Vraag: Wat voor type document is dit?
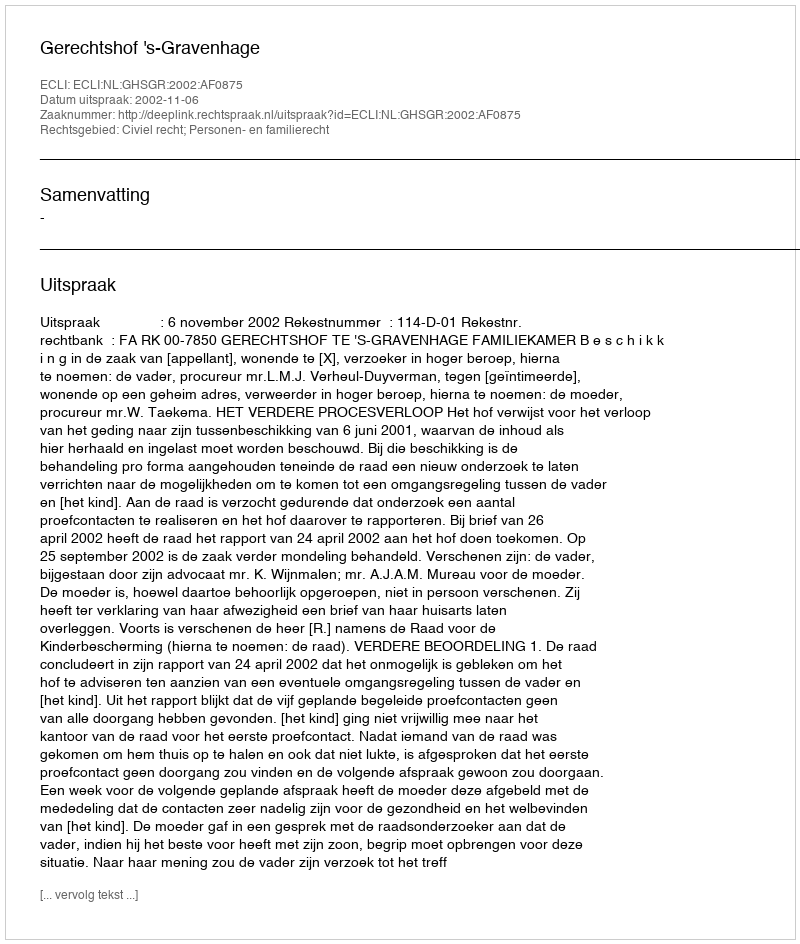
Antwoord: Uitspraak